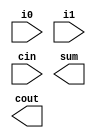
module fa (input wire i0, i1, cin, output wire sum, cout);
   
endmodule

module addsub (input wire addsub, i0, i1, cin, output wire sumdiff, cout);
  
endmodule

module alu_slice (input wire [1:0] op, input wire i0, i1, cin, output wire o, cout);
  
endmodule

module alu (input wire [1:0] op, input wire [15:0] i0, i1,
    output wire [15:0] o, output wire cout);
  
endmodule